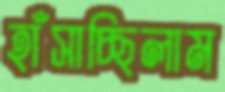
হাঁসাচ্ছিলাম